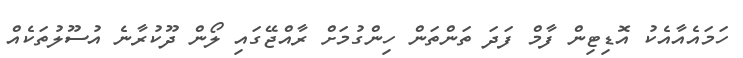
ހަމައެއާއެކު އޮޑިޓިން ފާމް ފަދަ ތަންތަން ހިންގުމަށް ރާއްޖޭގައި ލޯން ދޫކުރާނެ އުސޫލުތަކެއް